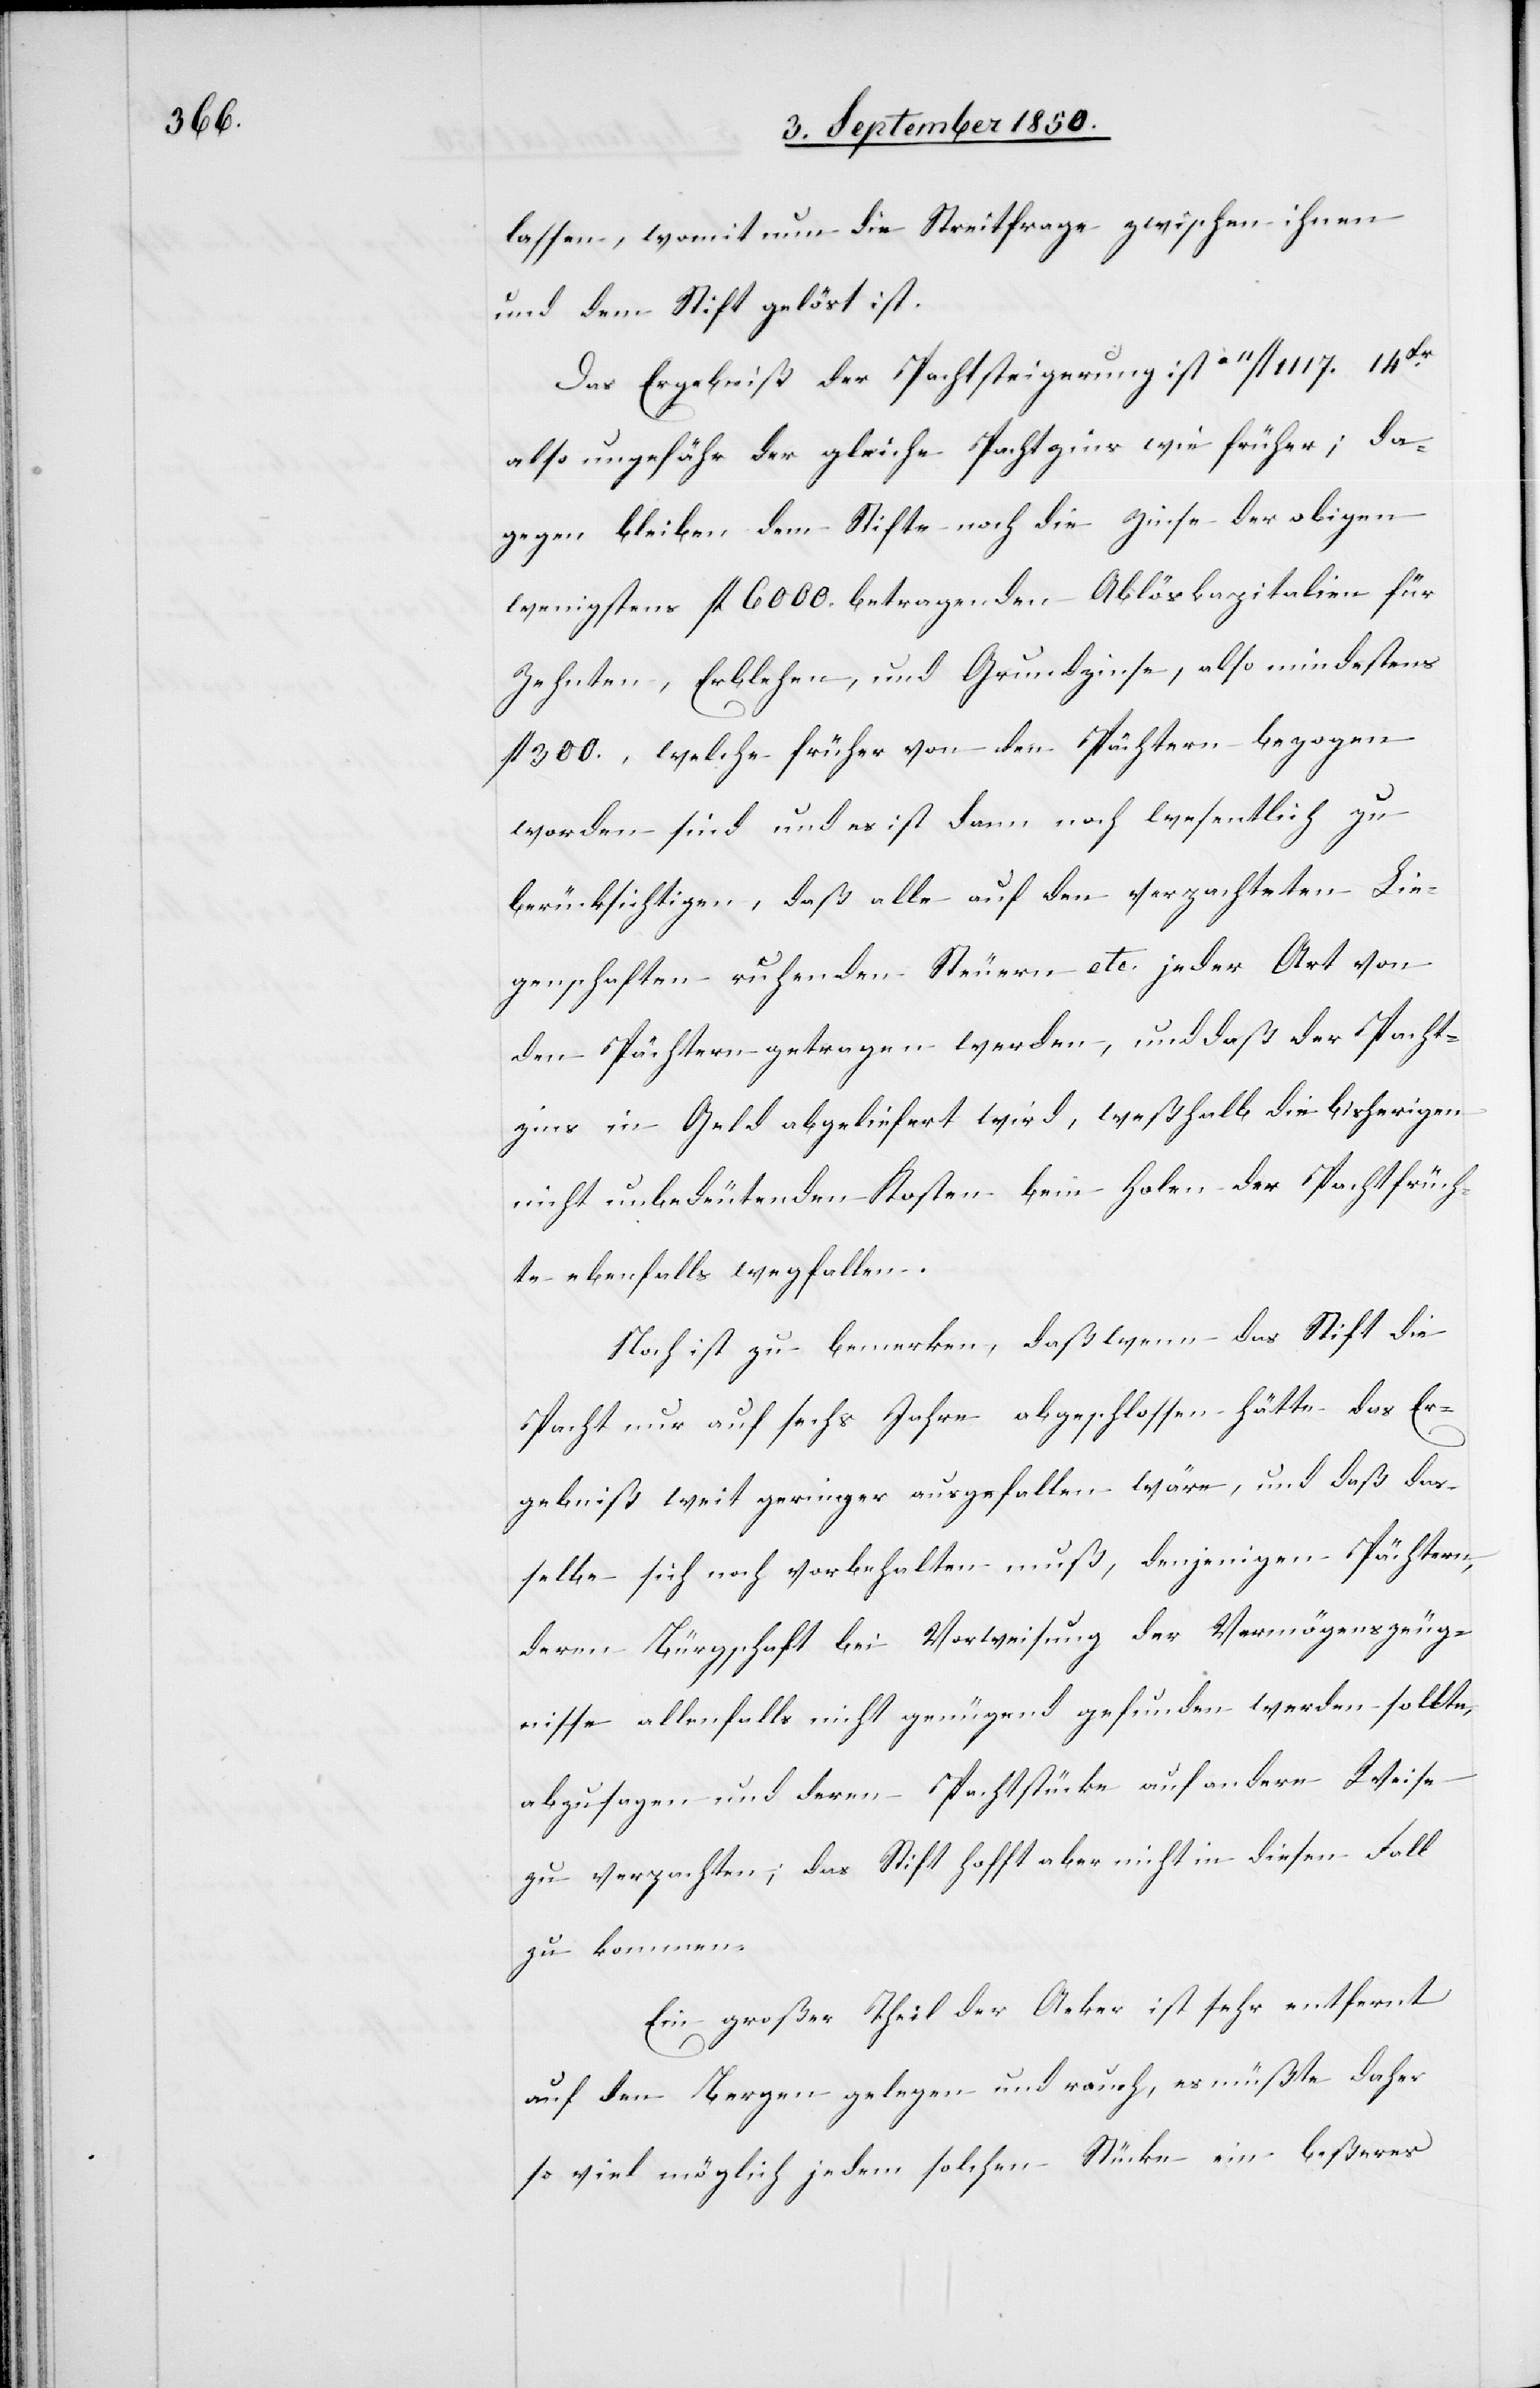
lassen, womit nun die Streitfrage zwischen ihnen
und dem Stift gelöst ist.
Das Ergebniß der Pachtsteigerung ist à11fl 1117. 14
also ungefähr der gleiche Pachtzins wie früher; da¬
gegen bleiben dem Stifte noch die Zinse der obigen
wenigstens fl 6000. betragenden Ablöskapitalien für
Zehnten, Erblehen, und Grundzinse, also mindestens
fl 300., welche früher von den Pächtern bezogen
worden sind und es ist dann noch wesentlich zu
berücksichtigen, daß alle auf den verpachteten Lie¬
genschaften ruhenden Steuern etc. jeder Art von
den Pächtern getragen werden, und daß der Pacht¬
zins in Geld abgeliefert wird, weßhalb die bisherigen
nicht unbedeutenden Kosten beim Holen der Pachtfrüch¬
te ebenfalls wegfallen.
Noch ist zu bemerken, daß wenn das Stift die
Pacht nur auf sechs Jahre abgeschlossen hätte das Er¬
gebniß weit geringer ausgefallen wäre, und daß das¬
selbe sich noch vorbehalten muß, denjenigen Pächtern,
deren Bürgschaft bei Vorweisung der Vermögenszeug¬
nisse allenfalls nicht genügend gefunden werden sollte,
abzusagen und deren Pachtstücke auf andere Weise
zu verpachten; das Stift hofft aber nicht in diesen Fall
zu kommen.
Ein großer Theil der Aecker ist sehr entfernt
auf den Bergen gelegen und rauch, es müßte daher
so viel möglich jedem solchen Stücke ein beßeres